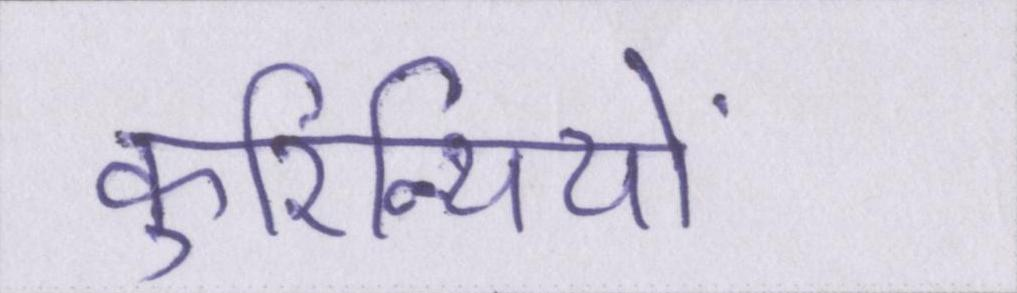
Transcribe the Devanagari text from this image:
कुरिन्थियों